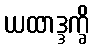
ယထာဒ္ဒက္ခိ